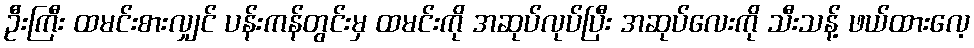
ဦးကြီး ထမင်းစားလျှင် ပန်းကန်တွင်းမှ ထမင်းကို အဆုပ်လုပ်ပြီး အဆုပ်လေးကို သီးသန့် ဖယ်ထားလေ့